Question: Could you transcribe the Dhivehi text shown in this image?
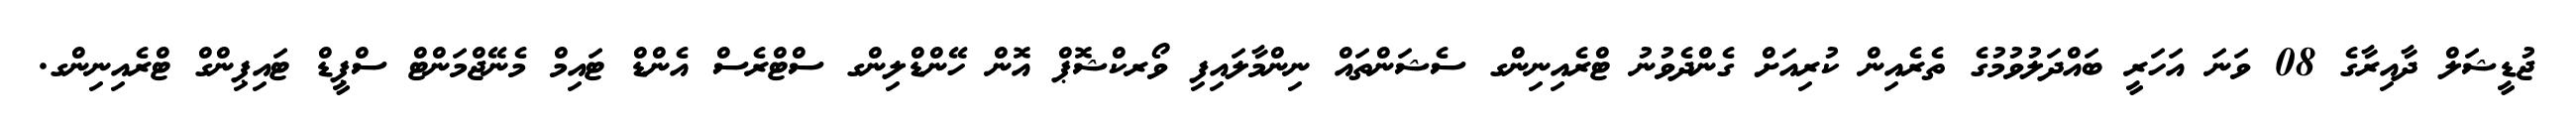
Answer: ޖުޑީޝަލް ދާއިރާގެ 08 ވަނަ އަހަރީ ބައްދަލުވުމުގެ ތެރެއިން ކުރިއަށް ގެންދެވުނު ޓްރެއިނިންގ ސެޝަންތައް ނިންމާލައިފި ވޯރކްޝޮޕް އޮން ހޭންޑްލިންގ ސްޓްރެސް އެންޑް ޓައިމް މެނޭޖްމަންޓް ސްޕީޑް ޓައިޕިންގް ޓްރެއިނިންގ.